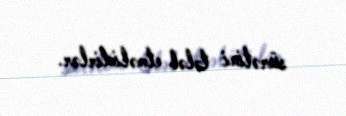
sürətini tələb etməlidirlər.